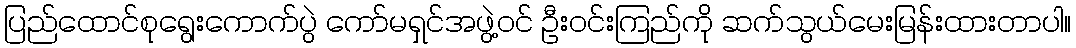
ပြည်ထောင်စုရွေးကောက်ပွဲ ကော်မရှင်အဖွဲ့ဝင် ဦးဝင်းကြည်ကို ဆက်သွယ်မေးမြန်းထားတာပါ။